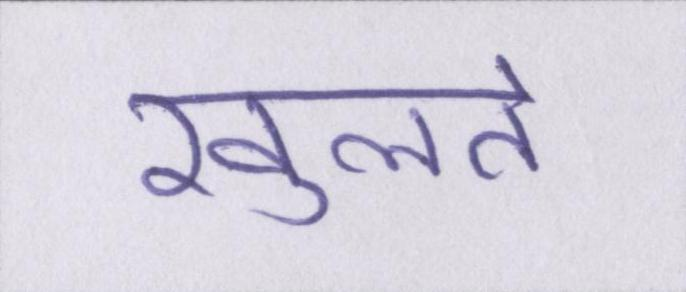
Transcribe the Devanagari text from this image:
खुलते